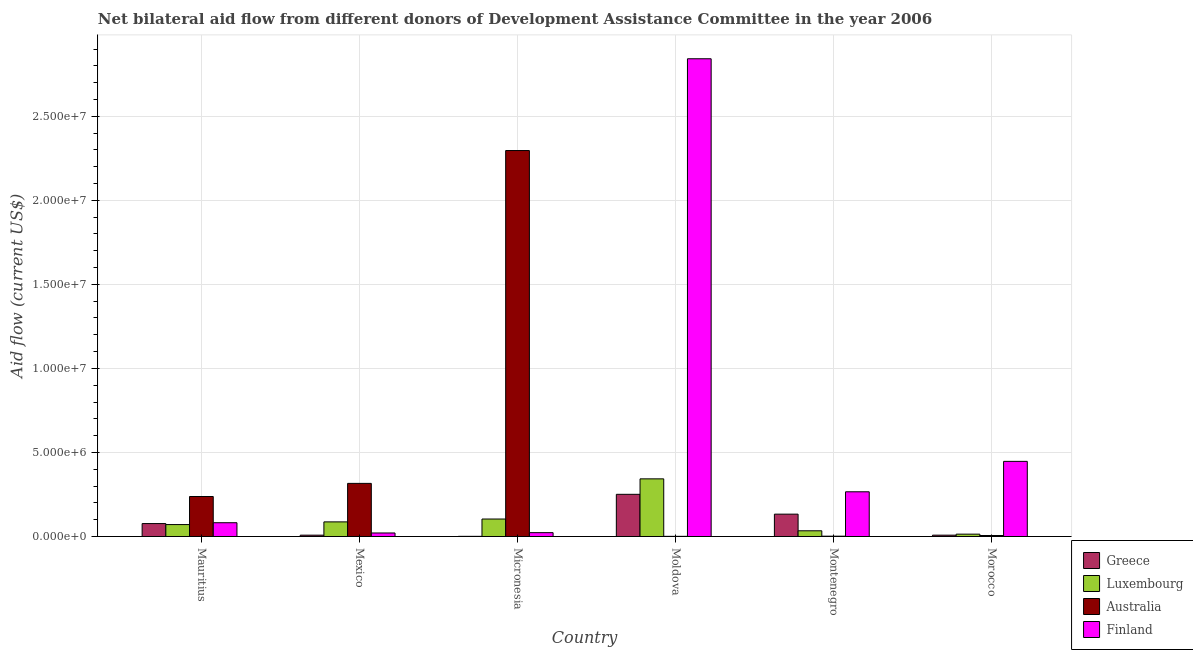
| Country | Greece | Luxembourg | Australia | Finland |
 | --- | --- | --- | --- | --- |
 | Mauritius | 7.7e+05 | 7.1e+05 | 2.38e+06 | 8.2e+05 |
 | Mexico | 8e+04 | 8.7e+05 | 3.16e+06 | 2.1e+05 |
 | Micronesia | 1e+04 | 1.04e+06 | 2.3e+07 | 2.3e+05 |
 | Moldova | 2.51e+06 | 3.43e+06 | 1e+04 | 2.84e+07 |
 | Montenegro | 1.33e+06 | 3.4e+05 | 2e+04 | 2.66e+06 |
 | Morocco | 8e+04 | 1.4e+05 | 6e+04 | 4.47e+06 |